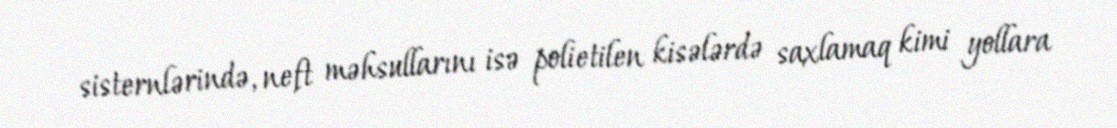
sisternlərində, neft məhsullarını isə polietilen kisələrdə saxlamaq kimi yollara